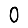
Digit: 0